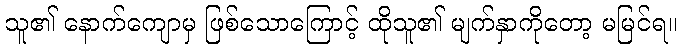
သူ၏ နောက်ကျောမှ ဖြစ်သောကြောင့် ထိုသူ၏ မျက်နှာကိုတော့ မမြင်ရ။